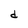
Character: d